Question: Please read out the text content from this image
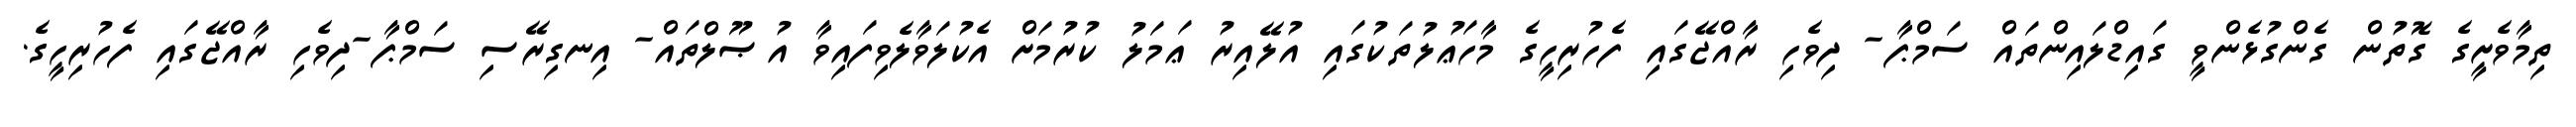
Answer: ތިމާވެށީގެ ގޮތުން ގެންގުޅެންވީ ގައިޑްލައިންތައް ސަމްޕާ- ދިވެހި ރާއްޖޭގައި ފެހުރިހީގެ މާހަޢުލުތަކުގައި އުލޭއިރު ޢަމަލު ކުރުމަށް އެކުލަވާލެވިފައިވާ އުޞޫލްތައް- އިނގިރޭސި ސަމްޕާ-ދިވެހި ރާއްޖޭގައި ފެހުރިހީގެ.